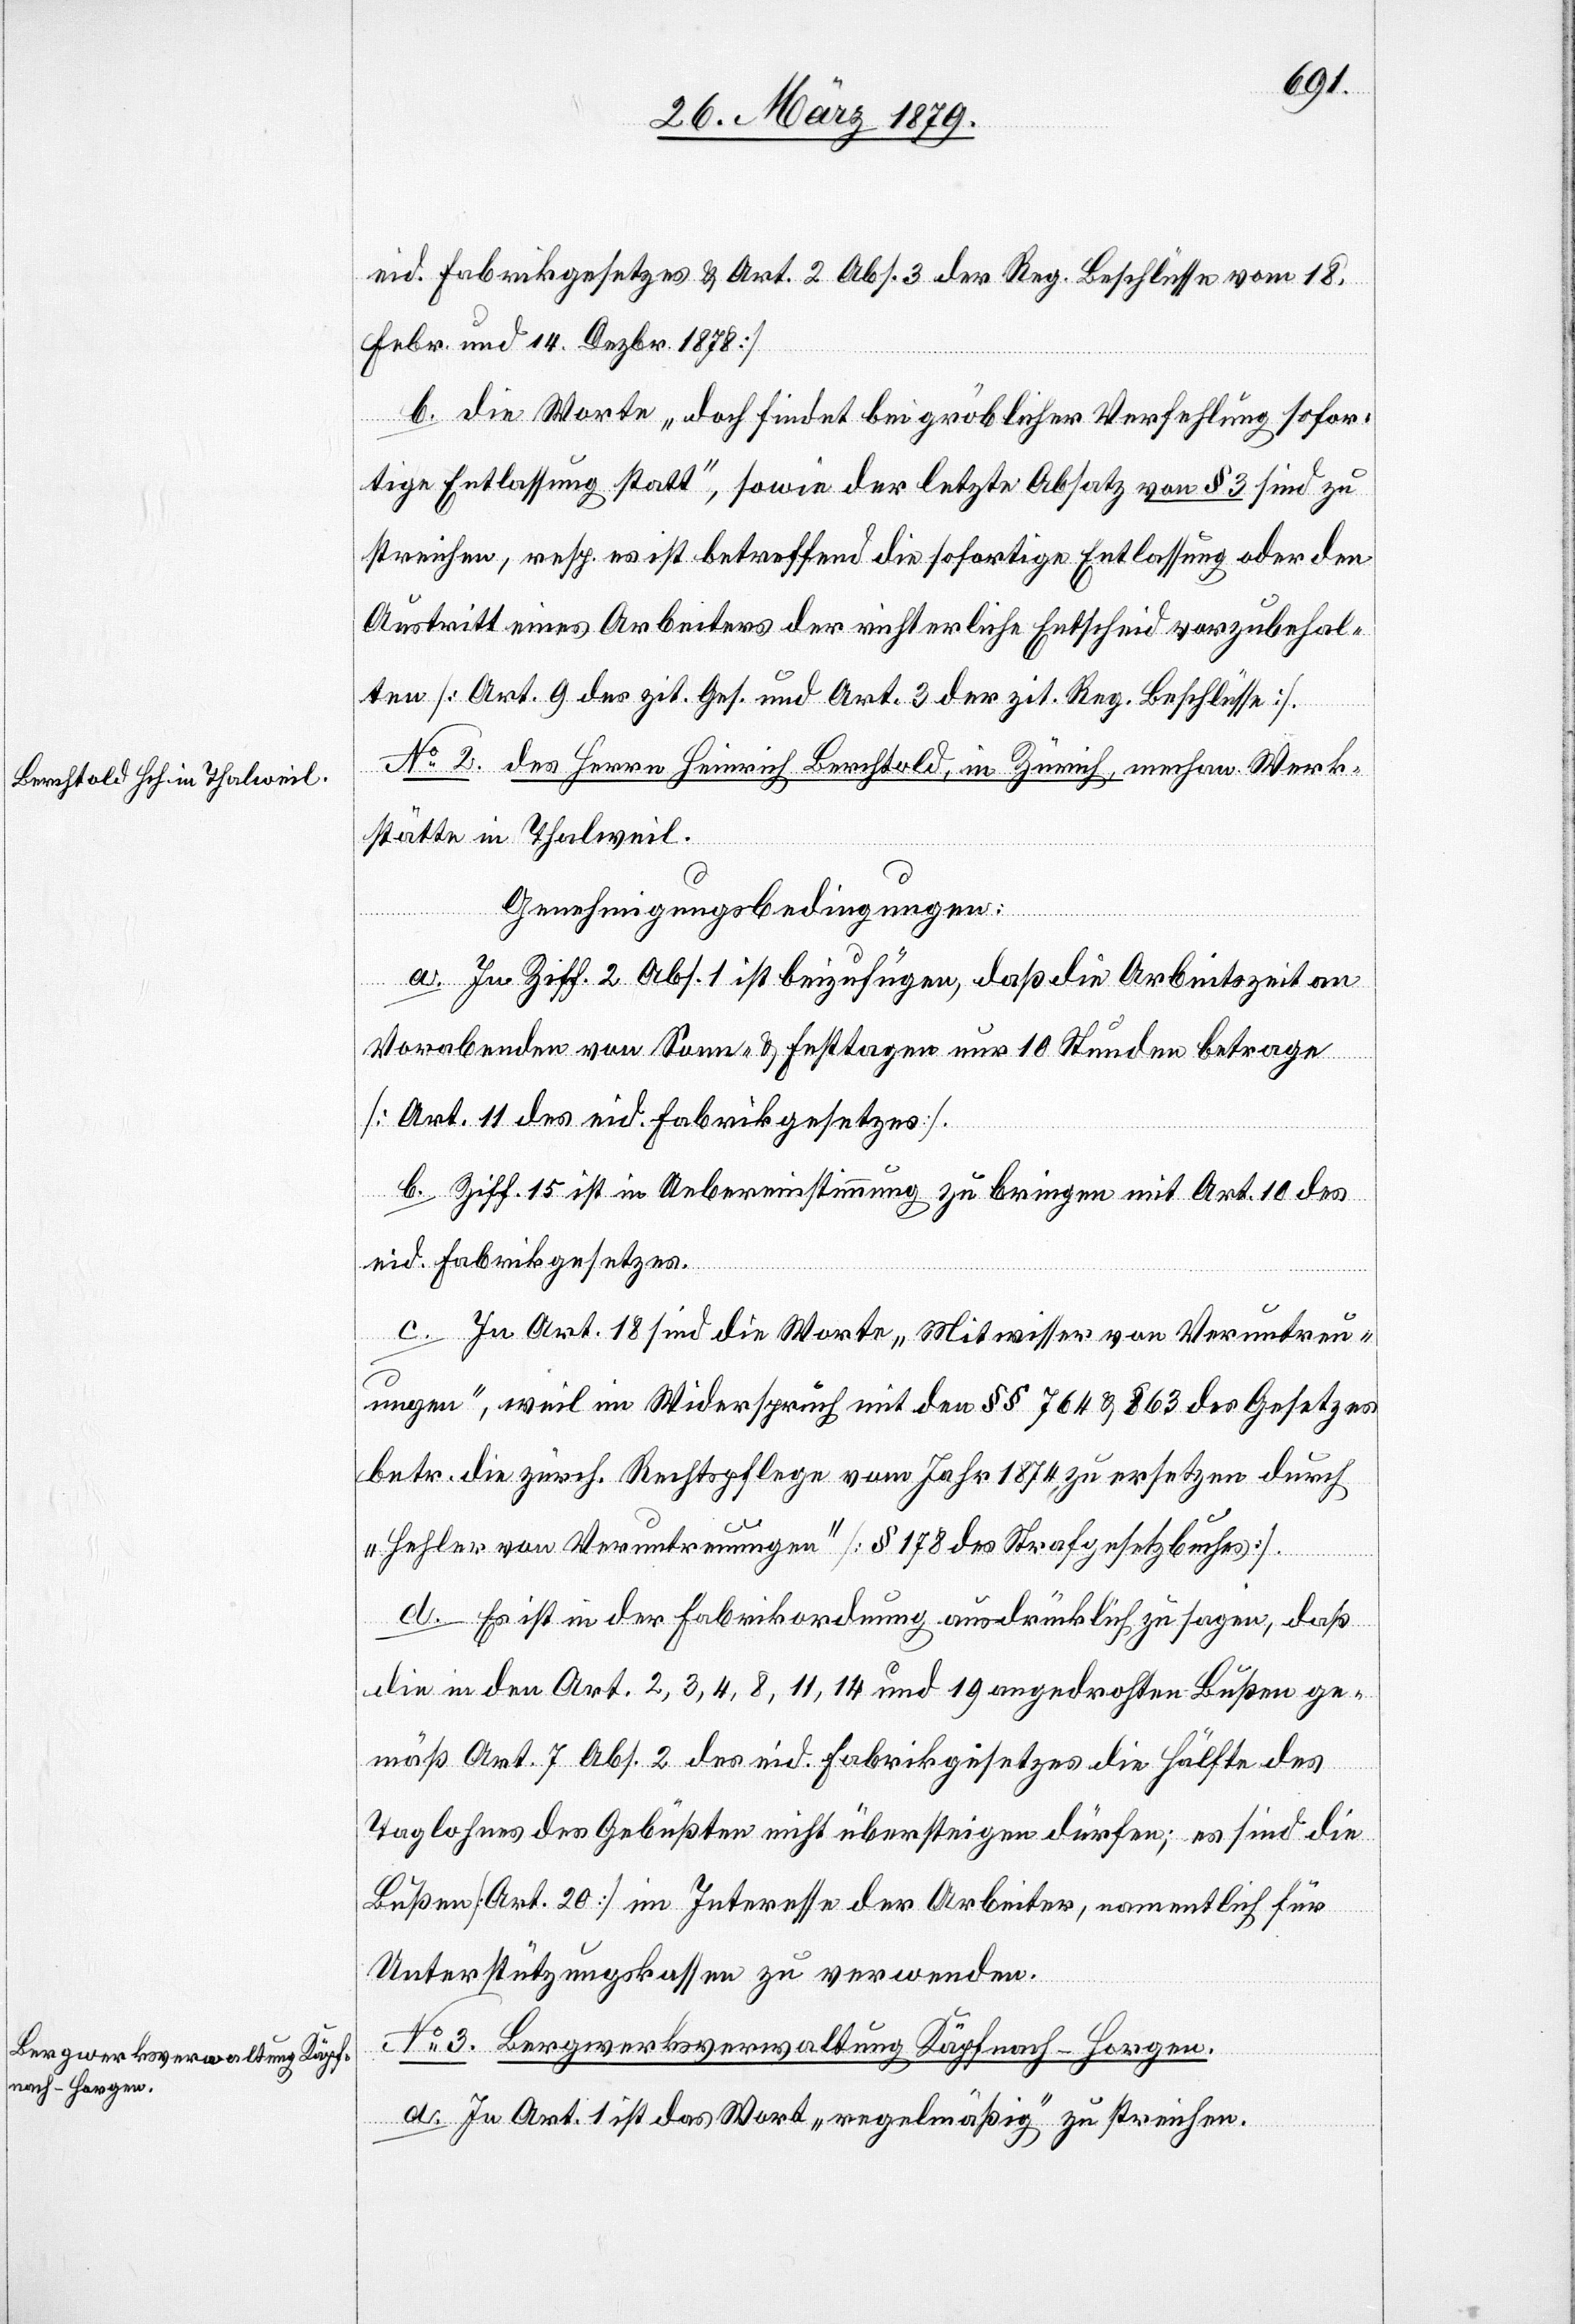
eid. Fabrikgesetzes & Art. 2 Abs. 3 der Reg. Beschlüsse vom 18.
Febr. und 14. Dezbr. 1878].
b. Die Worte „doch findet bei gröblicher Verfehlung sofor¬
tige Entlassung statt“, sowie der letzte Absatz von § 3 sind zu
streichen, resp. es ist betreffend die sofortige Entlassung oder den
Austritt eines Arbeiters der richterliche Entscheid vorzubehal¬
ten [Art. 9 des zit. Ges. und Art. 3 der zit. Reg. Beschlüsse].
No 2. des Herrn Heinrich Berchtold, in Zürich, mechan. Werk¬
stätte in Thalweil.
Genehmigungsbedingungen:
a. In Ziff. 2 Abs. 1 ist beizufügen, daß die Arbeitszeit an
Vorabenden von Sonn- & Festtagen nur 10 Stunden betrage
[Art. 11. des eid. Fabrikgesetzes].
b. Ziff. 15 ist in Uebereinstimmung zu bringen mit Art. 11 des
eid. Fabrikgesetzes.
c. In Art. 18 sind die Worte „Mitwisser von Veruntreu¬
ungen“, weil im Widerspruch mit den §§ 764 & 863 des Gesetzes
betr. die zürch. Rechtspflege vom Jahre 1874 zu ersetzen durch
„Hehler von Veruntreuungen“ [§ 178 des Strafgesetzbuches].
d. Es ist in der Fabrikordnung ausdrücklich zu sagen, daß
die in den Art. 2, 3, 4, 8, 11, 14 und 19 angedrohten Bußen ge¬
mäß Art. 7 Abs. 2 des eid. Fabrikgesetzes die Hälfte des
Taglohnes des Gebüßten nicht übersteigen dürfen; es sind die
Bußen [Art. 20] im Interesse der Arbeiter, namentlich für
Unterstützungskassen zu verwenden.
No 3. Bergwerksverwaltung Käpfnach - Horgen.
a. In Art. 1 ist das Wort „regelmäßig“ zu streichen.